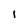
Character: I